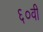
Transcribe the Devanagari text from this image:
६०वी